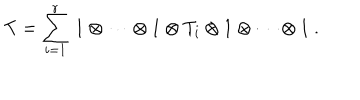
T = \sum _ { i = 1 } ^ { r } \, 1 \otimes \cdots \otimes 1 \otimes T _ { i } \otimes 1 \otimes \cdots \otimes 1 ~ .